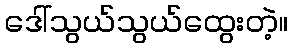
ဒေါ်သွယ်သွယ်ထွေးတဲ့။